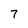
Character: 7